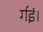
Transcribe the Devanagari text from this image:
र्गइं।